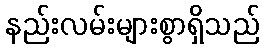
နည်းလမ်းများစွာရှိသည်